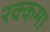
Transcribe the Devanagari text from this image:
रक्कमा